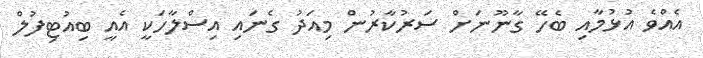
އެއްވެ އުޅުމާއި ބެހޭ ގާނޫނަށް ސަރުކާރުން މިއަދު ގެނައި އިސްލާހަކީ އެއީ ބިއުޓިފުލް